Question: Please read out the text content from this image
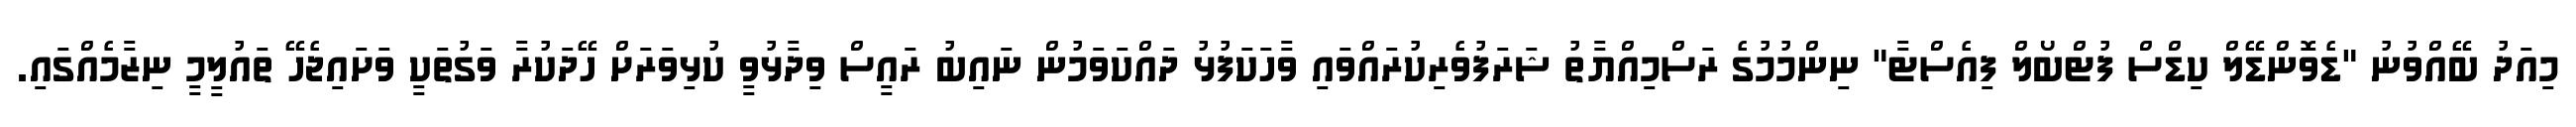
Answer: މިއަދު ބޭއްވުނު "ޑެވޮންޑޭލް ކިޑްސް ފުޓްބޯލް ފިއެސްޓާ" ނިންމުމުގެ ރަސްމިއްޔާތު ޝަރަފުވެރިކުރައްވައި ވާހަކަފުޅު ދައްކަވަމުން ނައިބު ރައީސް ވިދާޅުވީ ކުޅިވަރަށް ހޭދަކުރާ ވަގުތަކީ ވަށައިޖެހޭ ތައުލީމީ ނިޒާމެއްގައި.